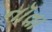
નૉવા